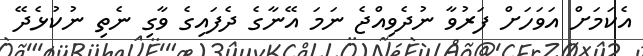
އެކަމަށް އަވަހަށް ފަރުވާ ނުދެވިއްޖެ ނަމަ އޭނާގެ ދެފައިގެ ވާގި ނެތި ނުކުޅެދޭ